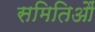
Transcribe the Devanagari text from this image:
समितिऔं